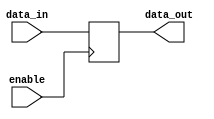
module bidirectional_buffer (
    input data_in,
    input enable,
    output reg data_out
);

always @ (posedge enable)
begin
    if (enable)
        data_out <= data_in;
    else
        data_out <= 1'bz; // Tri-state buffer
end

endmodule